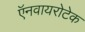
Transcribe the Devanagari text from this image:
ऍनवायरोटेक